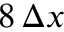
8 \, \Delta x